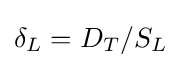
\delta _{L}=D_{T}/S_{L}